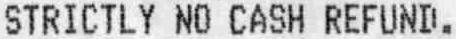
STRICTLY NO CASH REFUND.